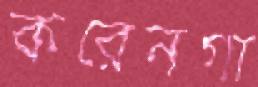
করেনগা